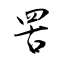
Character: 罟